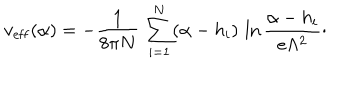
LaTeX: v _ { \mathrm { e f f } } ( \alpha ) = - { \frac { 1 } { 8 \pi N } } \, \sum _ { i = 1 } ^ { N } ( \alpha - h _ { i } ) \, \ln { \frac { \alpha - h _ { i } } { e \Lambda ^ { 2 } } } \cdotp